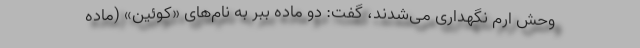
وحش ارم نگهداری می‌شدند، گفت: دو ماده ببر به نام‌های «کوئین» (ماده